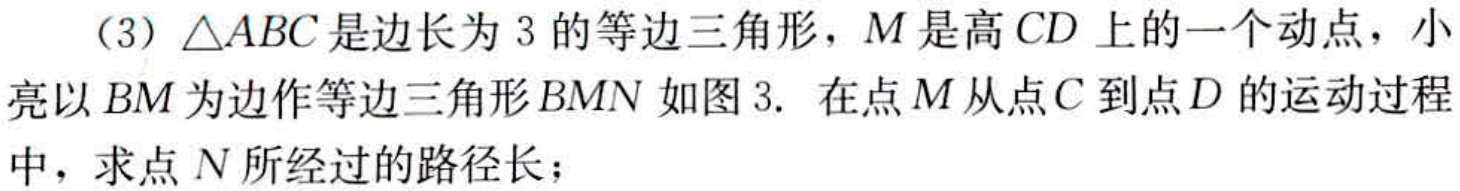
（3）$\triangle ABC$是边长为$3$的等边三角形，$M$是高$CD$上的一个动点，小亮以$BM$为边作等边三角形$BMN$如图3. 在点$M$从点$C$到点$D$的运动过程中，求点$N$所经过的路径长；